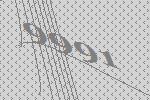
9991